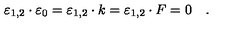
\varepsilon _ { 1 , 2 } \cdot \varepsilon _ { 0 } = \varepsilon _ { 1 , 2 } \cdot k = \varepsilon _ { 1 , 2 } \cdot F = 0 \quad .